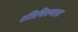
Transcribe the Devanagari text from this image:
रतिचित्रणास